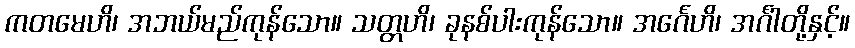
ကတမေဟိ၊ အဘယ်မည်ကုန်သော။ သတ္တဟိ၊ ခုနစ်ပါးကုန်သော။ အင်္ဂေဟိ၊ အင်္ဂါတို့နှင့်။